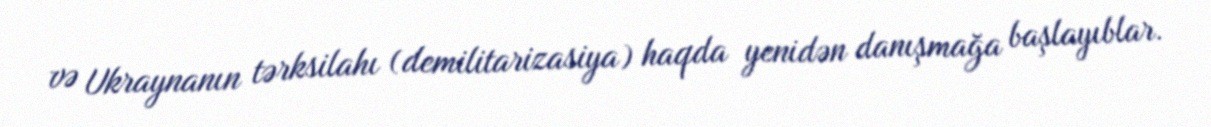
və Ukraynanın tərksilahı (demilitarizasiya) haqda yenidən danışmağa başlayıblar.